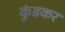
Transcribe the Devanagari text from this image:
कुंडकर